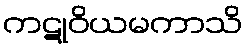
ကဋုဝိယမကာသိ